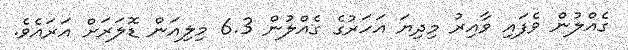
ގެއްލުން ވެފައި ވާއިރު މިދިޔަ އަހަރުގެ ގެއްލުން 6.3 މިލިއަން ޑޮލަރަށް އަރައެވެ.